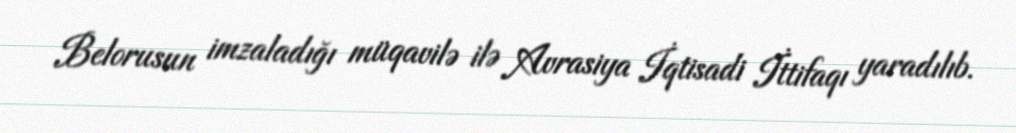
Belorusun imzaladığı müqavilə ilə Avrasiya İqtisadi İttifaqı yaradılıb.